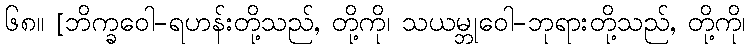
၆၈။ [ဘိက္ခဝေါ-ရဟန်းတို့သည်, တို့ကို၊ သယမ္ဘုဝေါ-ဘုရားတို့သည်, တို့ကို၊